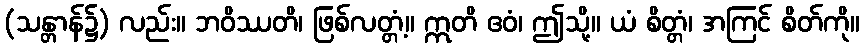
(သန္တာန်၌) လည်း။ ဘဝိဿတိ၊ ဖြစ်လတ္တံ့။ ဣတိ ဧဝံ၊ ဤသို့။ ယံ စိတ္တံ၊ အကြင် စိတ်ကို။